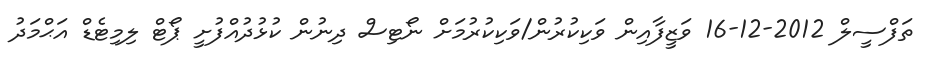
ތަފްސީލް 2012-12-16 ވަޒީފާއިން ވަކިކުރުން/ވަކިކުރުމަށް ނޯޓިސް ދިނުން ކުޅުދުއްފުށީ ޕޯޓް ލިމިޓެޑް އަޙްމަދު